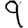
Digit: 9